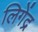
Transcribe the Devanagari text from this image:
लिगेंद्र